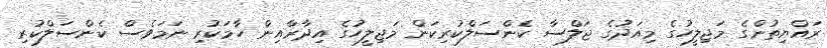
ރައްޔިތުންގެ މަޖިލީހުގެ މިއަދުގެ ޖަލްސާ ކެންސަލްކުރިކަން މަޖިލީހުގެ އިދާރާއިން ހާމަކުރި ނަމަވެސް ކެންސަލްކުރި